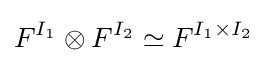
F^{I_{1}}\otimes F^{I_{2}}\simeq F^{I_{1}\times I_{2}}